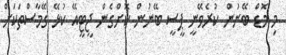
މި މޮޑް ބޭނުން ކުރެވޭނީ ޕީސީ ބޭނުން ކޮށްގެން ޖީޓީއޭ ކުޅޭ ގޭމާސްތަކަށް